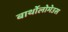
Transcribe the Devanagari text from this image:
बार्थोलोमेउस